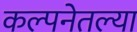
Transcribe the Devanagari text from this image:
कल्पनेतल्या